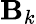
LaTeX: \mathbf{B}_{k}